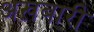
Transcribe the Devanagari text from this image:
अख़बारी